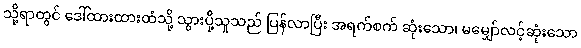
သို့ရာတွင် ဒေါ်ထားထားထံသို့ သွားပို့သူသည် ပြန်လာပြီး အရက်စက် ဆုံးသော၊ မမျှော်လင့်ဆုံးသော